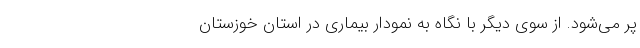
پر می‌شود. از سوی دیگر با نگاه به نمودار بیماری در استان خوزستان